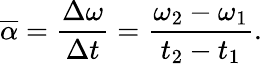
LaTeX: {\overline{{\alpha}}}={\frac{\Delta\omega}{\Delta t}}={\frac{\omega_{2}-\omega_{1}}{t_{2}-t_{1}}}.